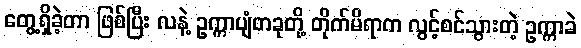
တွေ့ရှိခဲ့တာ ဖြစ်ပြီး လနဲ့ ဥက္ကာပျံတခုတို့ တိုက်မိရာက လွင့်စင်သွားတဲ့ ဥက္ကာခဲ